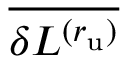
\overline { { \delta L ^ { ( r _ { \mathrm { u } } ) } } }